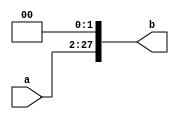
	module sll28(a,b);
	input [25:0] a;
	output [27:0] b;
	reg [27:0] b;
	always @(a)
		begin 
			b = a<<2;
		end
	endmodule